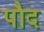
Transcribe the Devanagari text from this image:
पौद